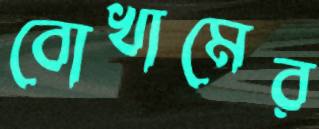
বোখামের